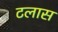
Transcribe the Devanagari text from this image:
टलास